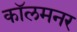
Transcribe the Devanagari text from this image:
कॉलमनर